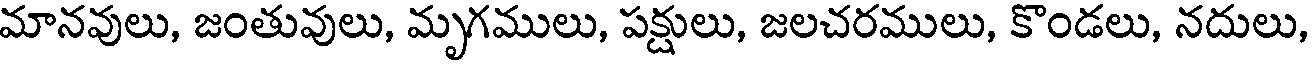
మానవులు, జంతువులు, మృగములు, పక్షులు, జలచరములు, కొండలు, నదులు,